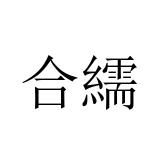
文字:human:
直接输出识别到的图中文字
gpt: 合繻